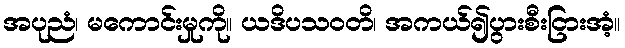
အပုညံ၊ မကောင်းမှုကို။ ယဒိပသဝတိ၊ အကယ်၍ပွားစီးငြားအံ့။